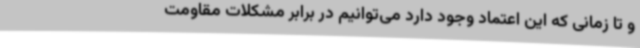
و تا زمانی که این اعتماد وجود دارد می‌توانیم در برابر مشکلات مقاومت